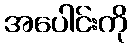
အပေါင်းကို